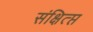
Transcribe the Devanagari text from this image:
संक्षित्प्त